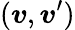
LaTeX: (\boldsymbol{v},\boldsymbol{v}^{\prime})